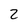
Character: 2